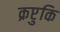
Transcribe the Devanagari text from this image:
क्रप्टुकि